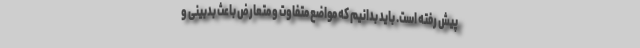
پیش رفته است. باید بدانیم که مواضع متفاوت و متعارض باعث بدبینی و